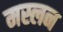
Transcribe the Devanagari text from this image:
मस्लन